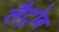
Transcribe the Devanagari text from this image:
लैट्रोब